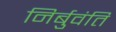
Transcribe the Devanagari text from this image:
निर्बुवंति